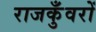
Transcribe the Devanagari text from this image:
राजकुँवरों